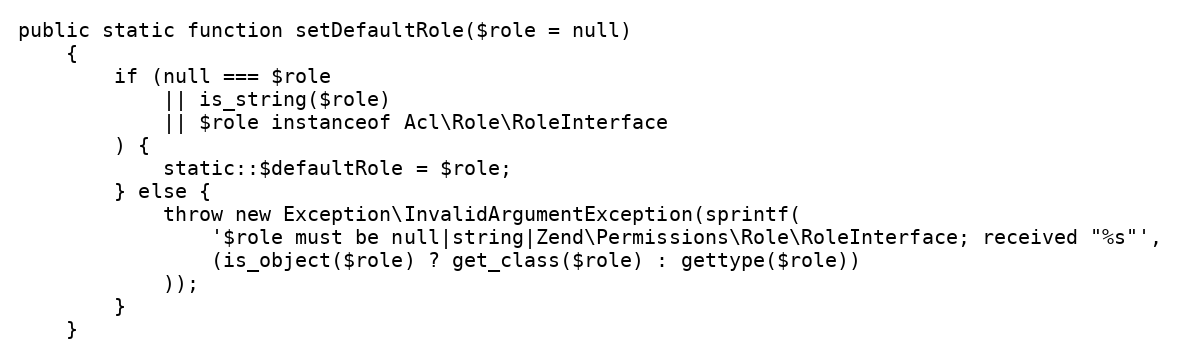
Language: PHP
public static function setDefaultRole($role = null)
    {
        if (null === $role
            || is_string($role)
            || $role instanceof Acl\Role\RoleInterface
        ) {
            static::$defaultRole = $role;
        } else {
            throw new Exception\InvalidArgumentException(sprintf(
                '$role must be null|string|Zend\Permissions\Role\RoleInterface; received "%s"',
                (is_object($role) ? get_class($role) : gettype($role))
            ));
        }
    }